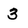
Character: 3